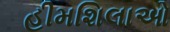
હીમશિલાઓ